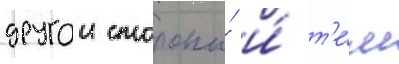
другои стороны́ и́ т'е́м